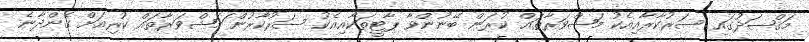
މަޤްޞަދުގައި ސަރުކާރާއިއެކު މަޝްވަރާތައް ކުރަން ބޭނުންވާ ޕާޓީތަކާއިއެކު ސަރުކާރުން ަމަޝްވަރާތައް ކުރިއަށް ގެންދާނެ